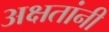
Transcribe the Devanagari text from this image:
अक्षतांनी